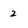
Character: 2